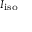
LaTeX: \scriptstyle I _ { \mathrm { i s o } }